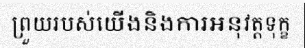
ព្រួយរបស់យើងនិងការអនុវត្តទុក្ខ